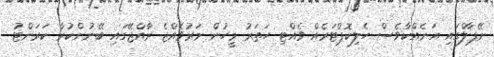
ނޭޕާލްގައި އަނެއްކާވެސް ހެލިކޮޕްޓަރެއް ވެއްޓި ހަތަރު މީހުން މަރުވެއްޖެ ރާއްޖޭގައި ބޭނުންކުރާ ކަަރަންޓު